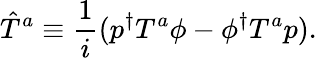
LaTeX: \hat{T}^{a}\equiv\frac{1}{i}(p^{\dagger}T^{a}\phi-\phi^{\dagger}T^{a}p).